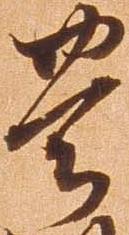
豊